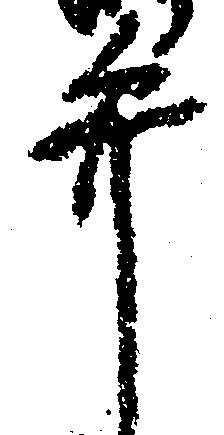
弁